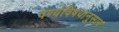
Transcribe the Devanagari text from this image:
वर्ण्यविषयानुसार